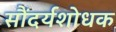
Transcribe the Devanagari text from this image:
सौंदर्यशोधक